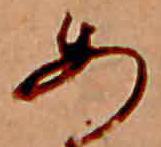
あ